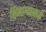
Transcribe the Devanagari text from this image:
शिमाग्यामध्ये